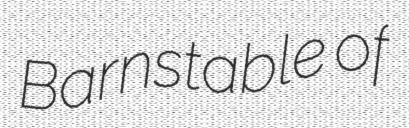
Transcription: Barnstable of